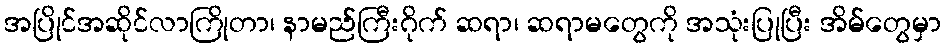
အပြိုင်အဆိုင်လာကြိုတာ၊ နာမည်ကြီးဂိုက် ဆရာ၊ ဆရာမတွေကို အသုံးပြုပြီး အိမ်တွေမှာ